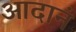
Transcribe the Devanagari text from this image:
आदानं